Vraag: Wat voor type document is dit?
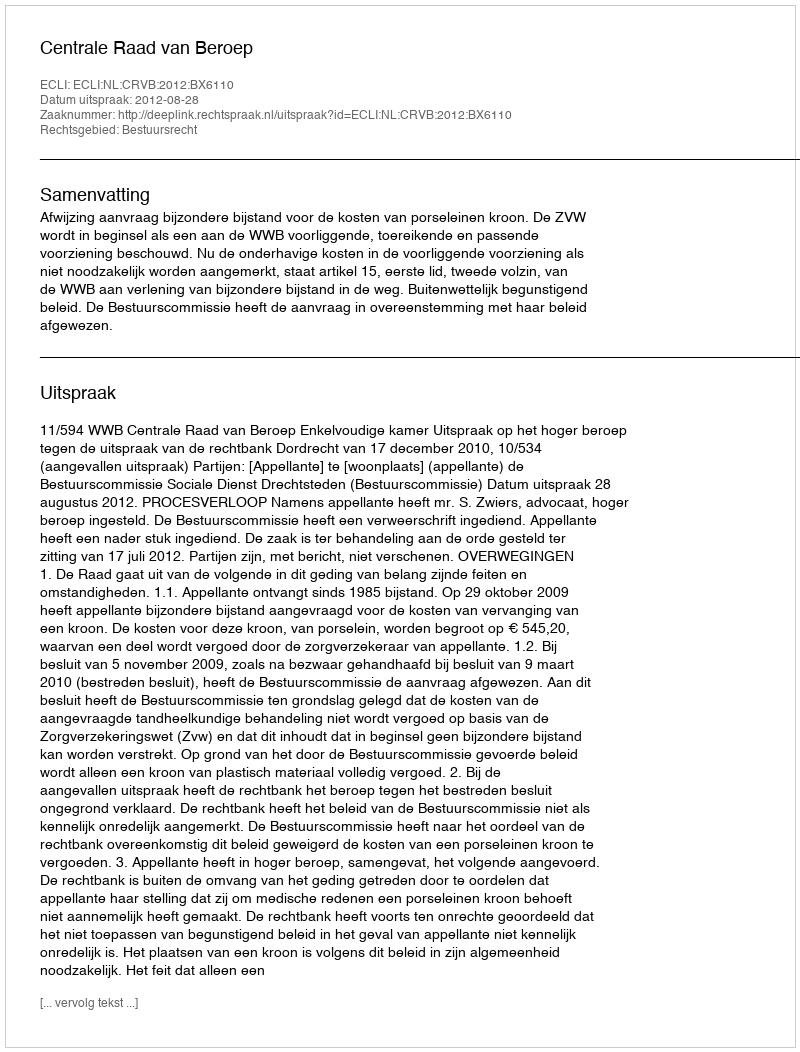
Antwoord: Uitspraak